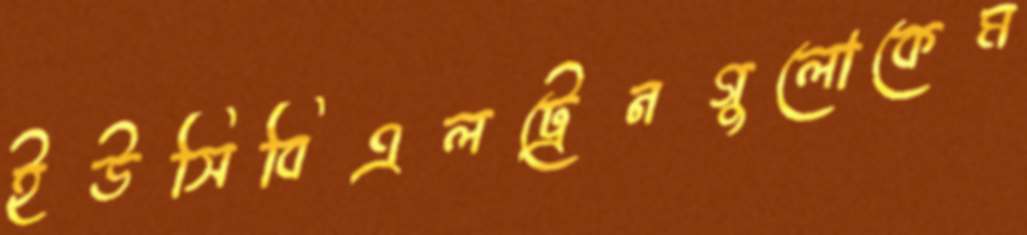
ইউসিবিএলট্রেনগুলোকেম